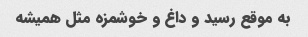
به موقع رسید و داغ و خوشمزه مثل همیشه